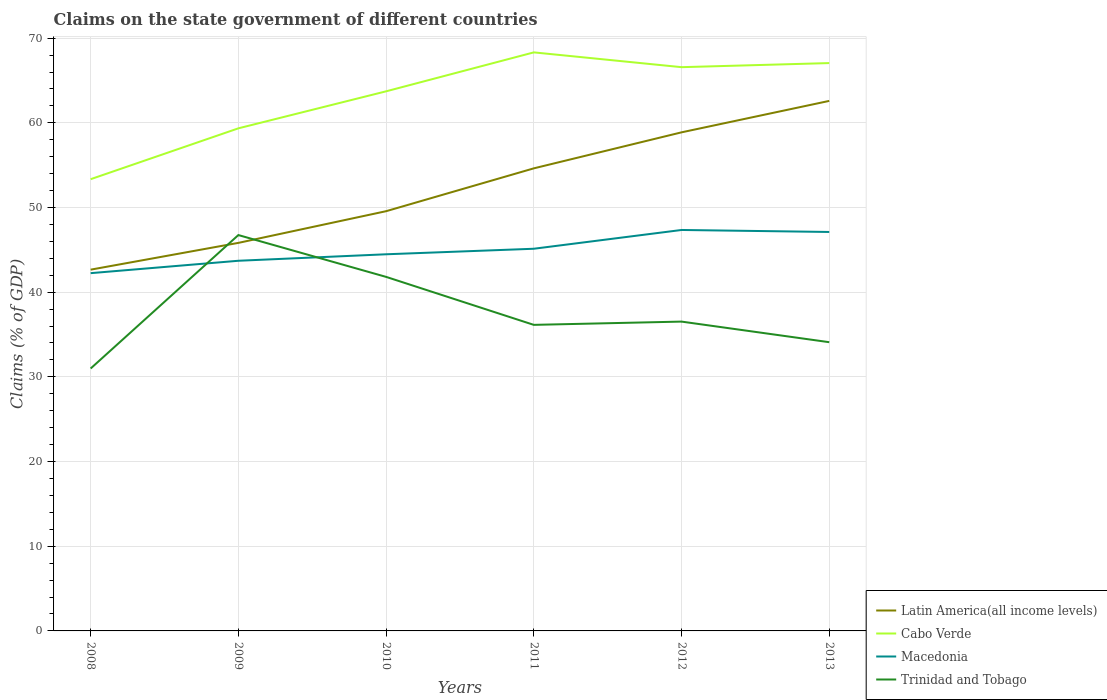
| Years | Latin America(all income levels) | Cabo Verde | Macedonia | Trinidad and Tobago |
 | --- | --- | --- | --- | --- |
 | 2008 | 42.7 | 53.3 | 42.2 | 31 |
 | 2009 | 45.8 | 59.3 | 43.7 | 46.7 |
 | 2010 | 49.6 | 63.7 | 44.5 | 41.8 |
 | 2011 | 54.6 | 68.3 | 45.1 | 36.1 |
 | 2012 | 58.9 | 66.6 | 47.3 | 36.5 |
 | 2013 | 62.6 | 67.1 | 47.1 | 34.1 |